Insane asylums Bombay 1873-77 - 1873-1877
Year: 1873
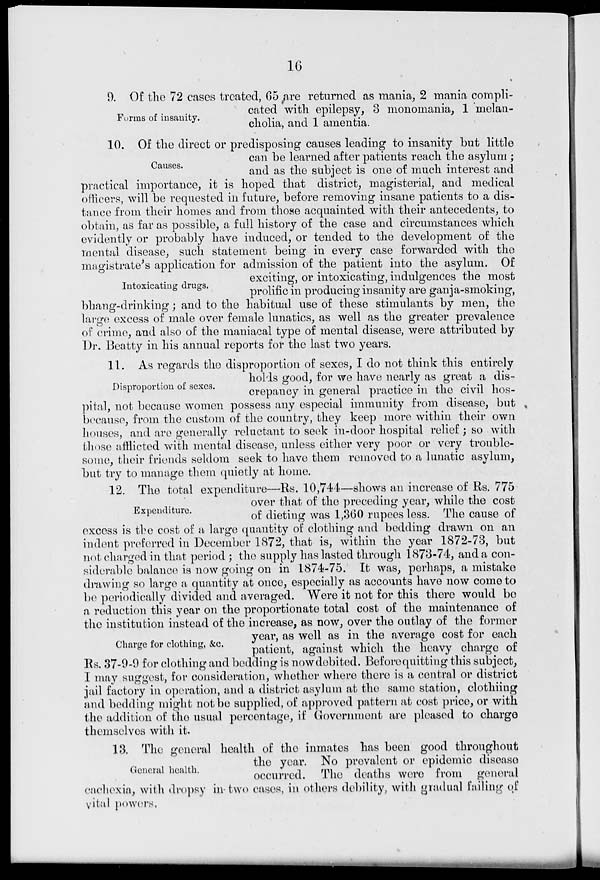
16
Forms of insanity.
9. Of the 72 cases treated, 65 are returned as mania, 2 mania compli-
cated with epilepsy, 3 monomania, 1 melan-
cholia, and 1 amentia.
Causes.
10. Of the direct or predisposing causes leading to insanity but little
can be learned after patients reach the asylum ;
and as the subject is one of much interest and
practical importance, it is hoped that district, magisterial, and medical
officers, will be requested in future, before removing insane patients to a dis-
tance from their homes and from those acquainted with their antecedents, to
obtain, as far as possible, a full history of the case and circumstances which
evidently or probably have induced, or tended to the development of the
mental disease, such statement being in every case forwarded with the
magistrate's application for admission of the patient into the asylum. Of
Intoxicating drugs.
exciting, or intoxicating, indulgences the most
prolific in producing insanity are ganja-smoking,
bhang-drinking; and to the habitual use of these stimulants by men, the
large excess of male over female lunatics, as well as the greater prevalence
of crime, and also of the maniacal type of mental disease, were attributed by
Dr. Beatty in his annual reports for the last two years.
Disproportion of sexes.
11. As regards the disproportion of sexes, I do not think this entirely
holds good, for we have nearly as great a dis-
crepancy in general practice in the civil hos-
pital, not because women possess any especial immunity from disease, but
because, from the custom of the country, they keep more within their own
houses, and are generally reluctant to seek in-door hospital relief ; so with
those afflicted with mental disease, unless either very poor or very trouble-
some, their friends seldom seek to have them removed to a lunatic asylum,
but try to manage them quietly at home.
Expenditure.
12. The total expenditure—Rs. 10,744—shows an increase of Rs. 775
over that of the preceding year, while the cost
of dieting was 1,360 rupees less. The cause of
excess is the cost of a large quantity of clothing and bedding drawn on an
indent preferred in December 1872, that is, within the year 1872-73, but
not charged in that period ; the supply has lasted through 1873-74, and a con-
siderable balance is now going on in 1874-75. It was, perhaps, a mistake
drawing so large a quantity at once, especially as accounts have now come to
be periodically divided and averaged. Were it not for this there would be
a reduction this year on the proportionate total cost of the maintenance of
the institution instead of the increase, as now, over the outlay of the former
Charge for clothing, &c.
year, as well as in the average cost for each
patient, against which the heavy charge of
Rs. 37-9-9 for clothing and bedding is now debited. Before quitting this subject,
I may suggest, for consideration, whether where there is a central or district
jail factory in operation, and a district asylum at the same station, clothiing
and bedding might not be supplied, of approved pattern at cost price, or with
the addition of the usual percentage, if Government are pleased to charge
themselves with it.
General health.
13. The general health of the inmates has been good throughout
the year. No prevalent or epidemic disease
occurred. The deaths were from general
cachexia, with dropsy in two cases, in others debility, with gradual failing of
vital powers.